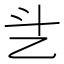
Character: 乧